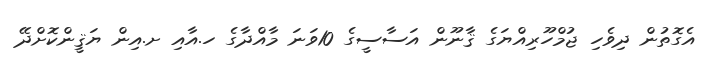
އެގޮތުން ދިވެހި ޖުމްހޫރިއްޔަގެ ޤާނޫން އަސާސީގެ 10ވަނަ މާއްދާގެ ހ.އާއި ށ.އިން ޔަޤީންކޮށްދޭ